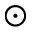
\odot